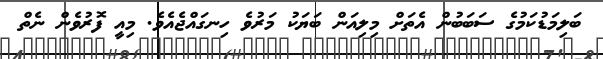
ބަލިމަޑުކަމުގެ ސަބަބުން އެތަށް މިލިއަން ބަޔަކު މަރުވެ ހިނގައްޖެއެވެ. މިއީ ފޮރުވެން ނެތް